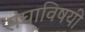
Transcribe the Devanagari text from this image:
संघाविषयी